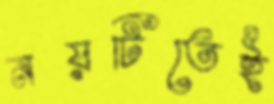
নয়টিতেই